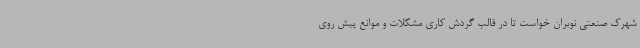
شهرک صنعتی نوبران خواست تا در قالب گردش کاری مشکلات و موانع پیش روی